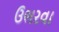
ઉભરવા